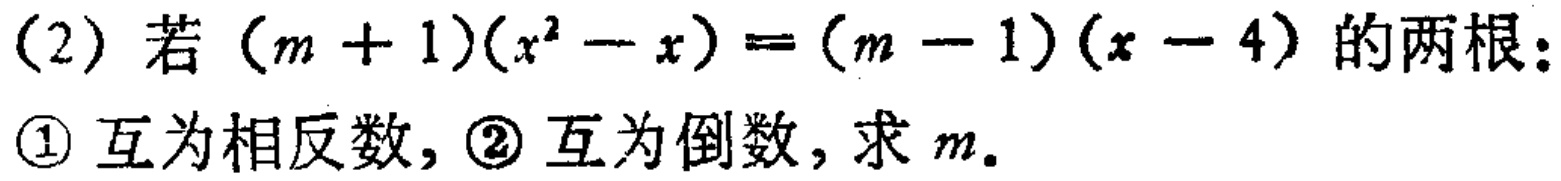
(2) 若\((m + 1)(x^{2}-x)=(m - 1)(x - 4)\)的两根：
\textcircled{1} 互为相反数，\textcircled{2} 互为倒数，求\(m\)。